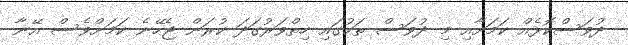
ދުވަސްކޮޅެއް ކަމަށާއި މި ދުވަސް ތަކުގައި ހިތްވަރުގަދަ ކުރަން ޖެހޭނެ ކަމަށްވެސް އޭނާ